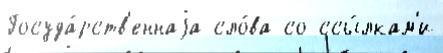
Госуда́рств'еннаjа сло́ва со ссы́лкам'и